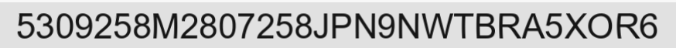
5309258M2807258JPN9NWTBRA5XOR6